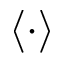
\langle \cdot \rangle